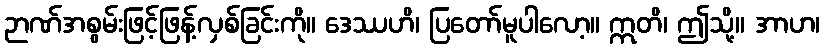
ဉာဏ်အစွမ်းဖြင့်ဖြန့်လှစ်ခြင်းကို။ ဒေဿဟိ၊ ပြတော်မူပါလော့။ ဣတိ၊ ဤသို့။ အာဟ၊